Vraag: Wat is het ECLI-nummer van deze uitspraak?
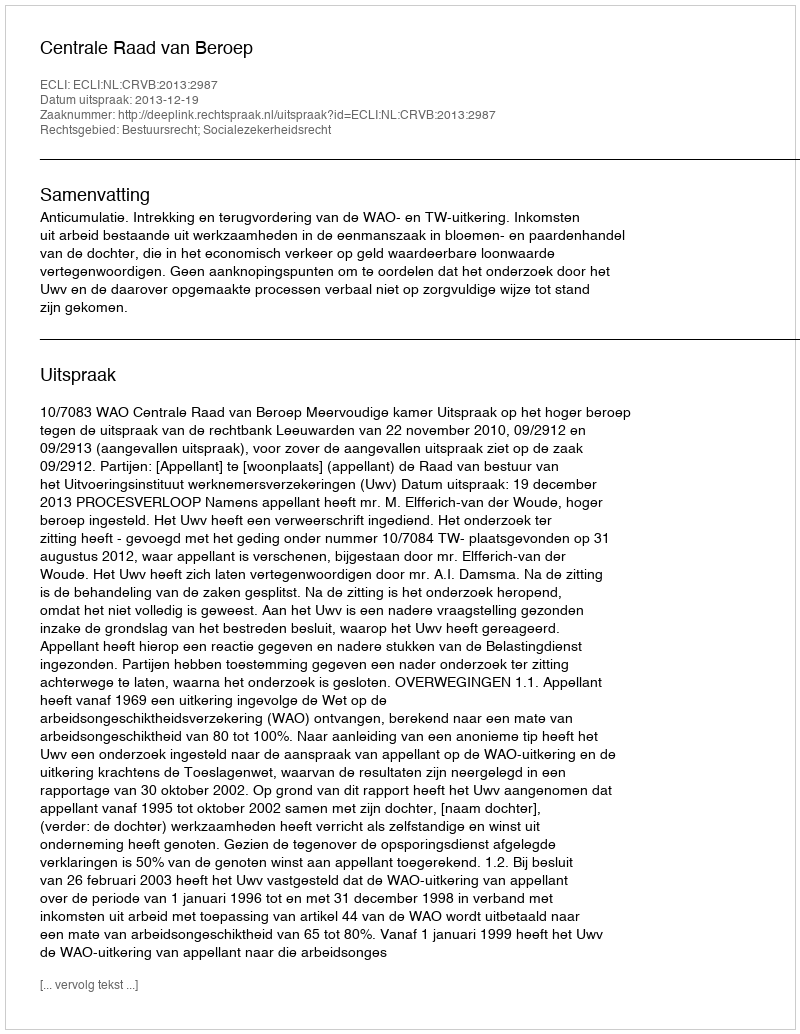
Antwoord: ECLI:NL:CRVB:2013:2987